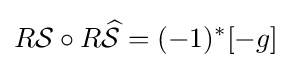
R{\mathcal {S}}\circ R{\widehat {\mathcal {S}}}=(-1)^{\ast }[-g]